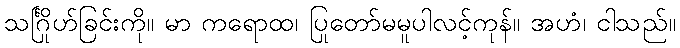
သင်္ဂြိုဟ်ခြင်းကို။ မာ ကရောထ၊ ပြုတော်မမူပါလင့်ကုန်။ အဟံ၊ ငါသည်။